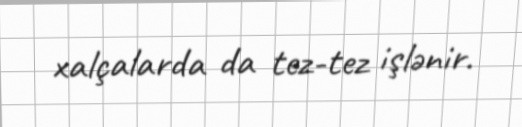
xalçalarda da tez-tez işlənir.